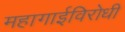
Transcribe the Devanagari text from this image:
महागाईविरोधी